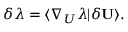
\delta \lambda = \langle \nabla _ { U } \lambda | \delta \mathbf { U } \rangle .